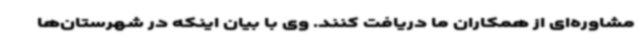
مشاوره‌ای از همکاران ما دریافت کنند. وی با بیان اینکه در شهرستان‌ها